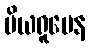
ပိယရူပေန